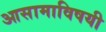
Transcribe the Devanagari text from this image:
आसामाविषयी